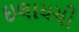
ઇલાયચી